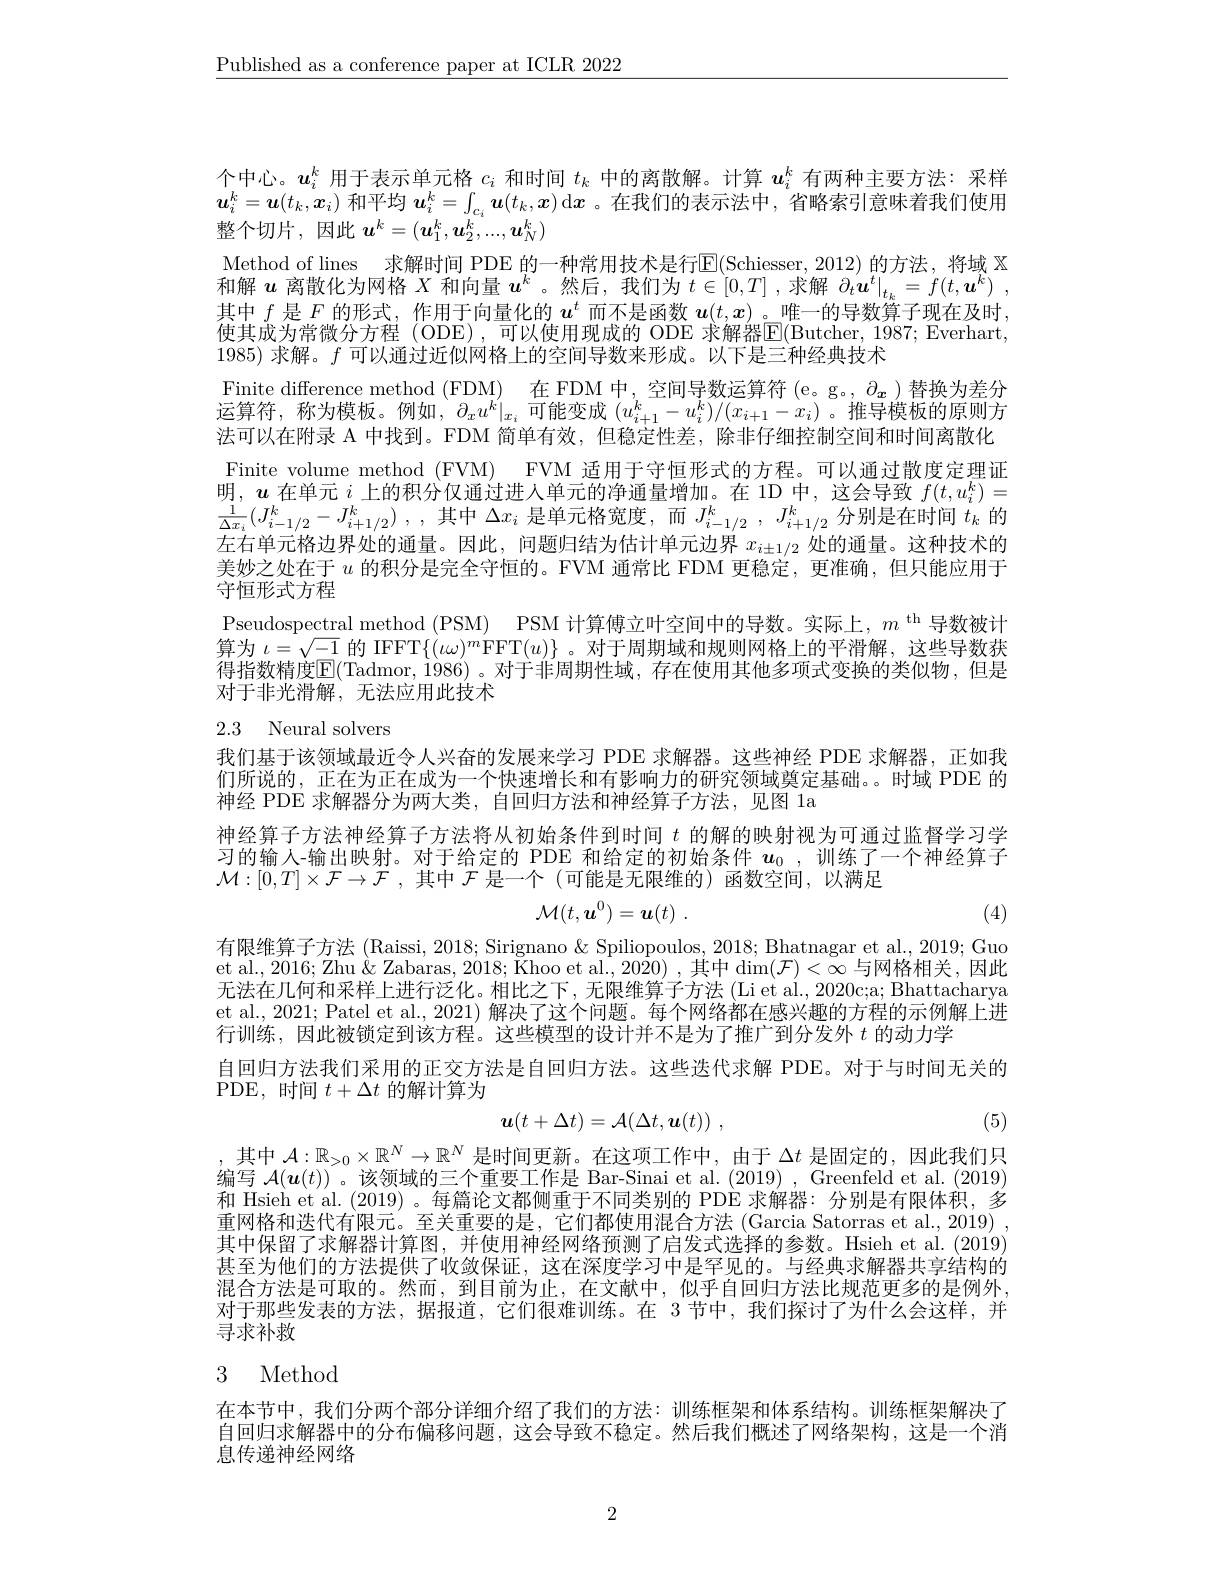
$\underline{\text{Published as a conference paper at ICLR 2022}}$

个中心。$u_i^k$用于表示单元格$c_i$和时间$t_k$中的离散解。计算$u_i^k$有两种主要方法：采样$\boldsymbol{u}_i^k=\boldsymbol{u}(t_k,x_i)$和平均$\boldsymbol{u}_i^k=\int_{c_i}\boldsymbol{u}(t_k,\boldsymbol{x})$ d$\boldsymbol{x}$ 。在我们的表示法中，省略索引意味着我们使用整个切片，因此$\boldsymbol u^k=(\boldsymbol{u}_1^k,\boldsymbol{u}_2^k,...,\boldsymbol{u}_N^k)$
Method of lines 求解时间 PDE 的一种常用技术是行$\overline{\mathbb{E}}($Schiesser,2012)的方法，将域 $\mathbb{X}$ 和解$u$离散化为网格$X$和向量$u^k$ 。然后，我们为$t\in[0,T]$ ,求解$\partial _t\boldsymbol{u}^t| _{t_k}= f( t, \boldsymbol{u}^k)$ , 其中$f$是$F$的形式，作用于向量化的$u^t$而不是函数$u(t,x)$。唯一的导数算子现在及时，使其成为常微分方程 (ODE),可以使用现成的 ODE 求解器$\mathbb{E}($Butcher, 1987; Everhart, 1985) 求解。$f$可以通过近似网格上的空间导数来形成。以下是三种经典技术
Finite difference method (FDM) 在 FDM 中，空间导数运算符 (e。g。, $\partial_{x}$ )替换为差分运算符，称为模板。例如$,\left.\partial_xu^k\right|_{x_i}$可能变成 $(u_i+1^k-u_i^k)/(x_{i+1}-x_i)$ 。推导模板的原则方法可以在附录 A 中找到。FDM 简单有效，但稳定性差，除非仔细控制空间和时间离散化Finite volume method (FVM) FVM 适用于守恒形式的方程。可以通过散度定理证左右单元格边界处的通量。因此，问题归结为估计单元边界$x_{i\pm1/2}$处的通量。这种技术的美妙之处在于$u$的积分是完全守恒的。FVM 通常比 FDM 更稳定，更准确 ,但只能应用于守恒形式方程
Pseudospectral method (PSM) PSM 计算傅立叶空间中的导数。实际上，$m^\mathrm{~th}$导数被计算为$\iota=\sqrt{-1}$的 IFFT$\{(\omega)^m$FFT$(u)\}$。对于周期域和规则网格上的平滑解，这些导数获得指数精度$\mathbb{E}($Tadmor,1986)。对于非周期性域，存在使用其他多项式变换的类似物，但是对于非光滑解，无法应用此技术
2.3 Neural solvers

我们基于该领域最近令人兴奋的发展来学习 PDE 求解器。这些神经 PDE 求解器，正如我们所说的，正在为正在成为一个快速增长和有影响力的研究领域奠定基础。。时域 PDE 的神经 PDE 求解器分为两大类，自回归方法和神经算子方法，见图 1a
神经算子方法神经算子方法将从初始条件到时间$t$的解的映射视为可通过监督学习学习的输入-输出映射。对于给定的 PDE 和给定的初始条件$u_0$ ,训练了一个神经算子$\mathcal{M} : [ 0, T] \times \mathcal{F} \to \mathcal{F}$ ,其中$\mathcal{F}$ 是一个(可能是无限维的)函数空间，以满足
$$\mathcal{M}(t,\boldsymbol{u}^0)=\boldsymbol{u}(t)\:.$$
(4)

有限维算子方法(Raissi, 2018; Sirignano& Spiliopoulos, 2018; Bhatnagar et al., 2019; Guo et al., 2016; Zhu $\&$ Zabaras, 2018; Khoo et al., 2020) , 其中 dim$(\mathcal{F})<\infty$与网格相关，因此无法在几何和采样上进行泛化。相比之下，无限维算子方法(Li et al., 2020c;a; Bhattacharya et al., 2021; Patel et al., 2021) 解决了这个问题。每个网络都在感兴趣的方程的示例解上进行训练，因此被锁定到该方程。这些模型的设计并不是为了推广到分发外$t$的动力学
自回归方法我们采用的正交方法是自回归方法。这些迭代求解 PDE。对于与时间无关的
PDE, 时间$t+\Delta t$的解计算为
$$\boldsymbol{u}(t+\Delta t)=\mathcal{A}(\Delta t,\boldsymbol{u}(t))\:,$$
(5)

,其中$\mathcal{A}:\mathbb{R}_{>0}\times\mathbb{R}^N\to\mathbb{R}^N$是时间更新。在这项工作中，由于$\Delta t$是固定的，因此我们只编写$\mathcal{A}(\boldsymbol{u}(t))$ 。该领域的三个重要工作是 Bar-Sinai et al. (2019) , Greenfeld et al. (2019) 和 Hsieh et al. (2019) 。每篇论文都侧重于不同类别的 PDE 求解器：分别是有限体积，多重网格和迭代有限元。至关重要的是，它们都使用混合方法 (Garcia Satorras et al., 2019) , 其中保留了求解器计算图，并使用神经网络预测了启发式选择的参数。Hsieh et al.(2019) 甚至为他们的方法提供了收敛保证，这在深度学习中是罕见的。与经典求解器共享结构的混合方法是可取的。然而，到目前为止，在文献中，似乎自回归方法比规范更多的是例外， 对于那些发表的方法，据报道，它们很难训练。在 3节中，我们探讨了为什么会这样，并寻求补救

# 3 Method

在本节中，我们分两个部分详细介绍了我们的方法：训练框架和体系结构。训练框架解决了自回归求解器中的分布偏移问题，这会导致不稳定。然后我们概述了网络架构，这是一个消息传递神经网络

2